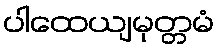
ပါထေယျမုတ္တမံ